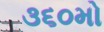
૩૬૦મો